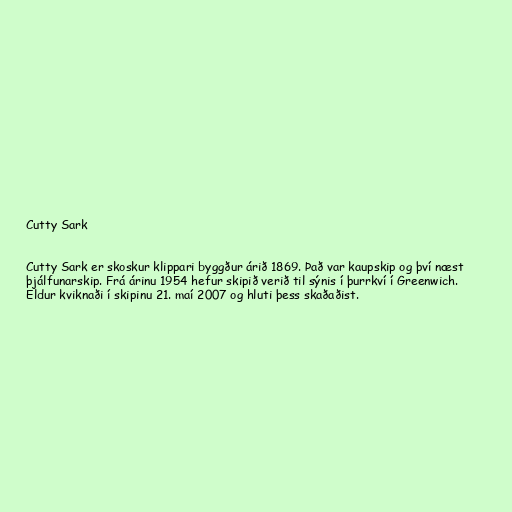
Cutty Sark

Cutty Sark er skoskur klippari byggður árið 1869. Það var kaupskip og því næst
þjálfunarskip. Frá árinu 1954 hefur skipið verið til sýnis í þurrkví í Greenwich.
Eldur kviknaði í skipinu 21. maí 2007 og hluti þess skaðaðist.